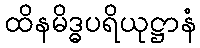
ထိနမိဒ္ဓပရိယုဋ္ဌာနံ